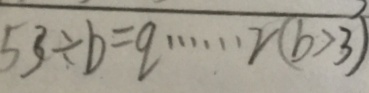
5 3 \div b = q \cdots 2 ( b > 3 )